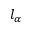
l _ { \alpha }